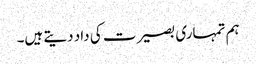
ہم تمہاری بصیرت کی داد دیتے ہیں۔